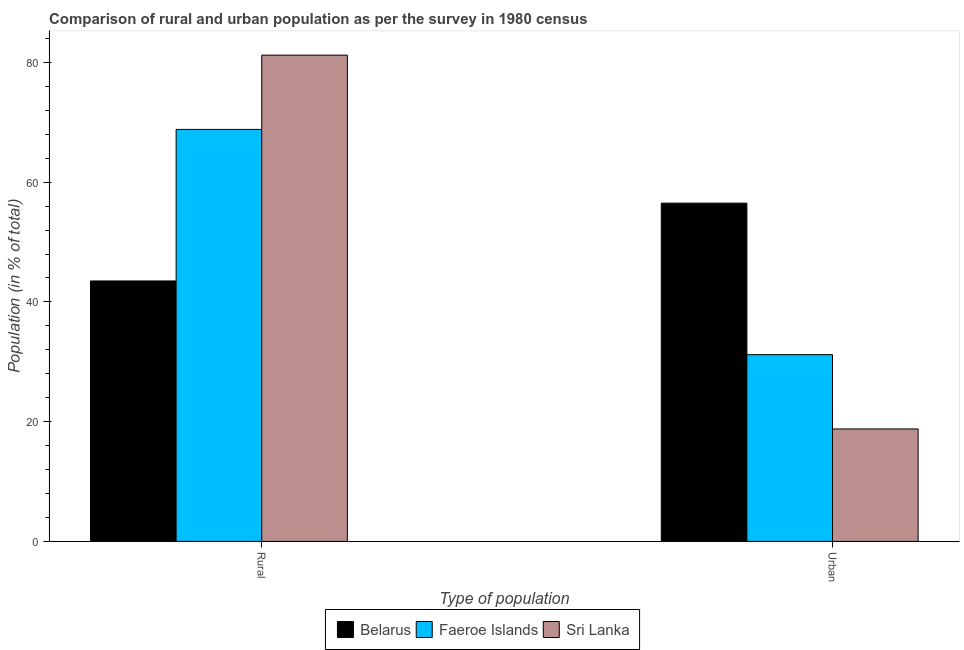
| Type of population | Belarus | Faeroe Islands | Sri Lanka |
 | --- | --- | --- | --- |
 | Rural | 43.5 | 68.8 | 81.2 |
 | Urban | 56.5 | 31.2 | 18.8 |